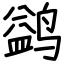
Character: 鹢